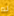
لم